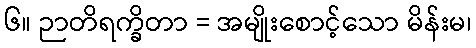
၆။ ဉာတိရက္ခိတာ = အမျိုးစောင့်သော မိန်းမ၊